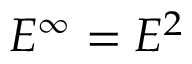
E ^ { \infty } = E ^ { 2 }